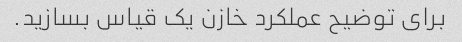
برای توضیح عملکرد خازن یک قیاس بسازید.